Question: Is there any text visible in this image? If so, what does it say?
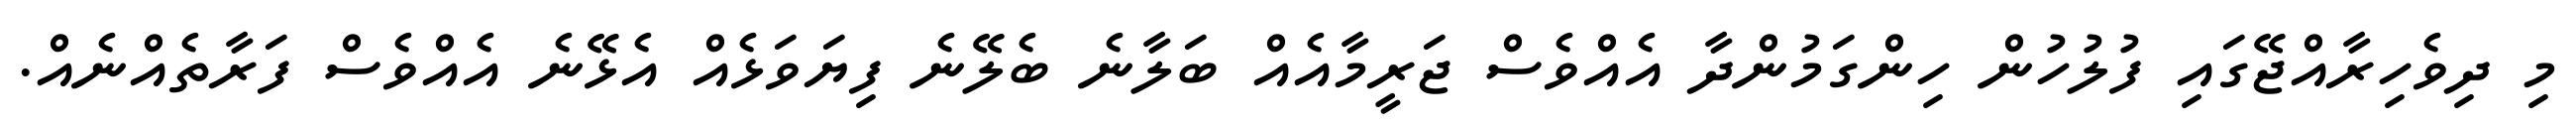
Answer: މި ދިވެހިރާއްޖޭގައި ފުލުހުން ހިންގަމުންދާ އެއްވެސް ޖަރީމާއެއް ބަލާނެ ބެލޭނެ ފިޔަވަޅެއް އެޅޭނެ އެއްވެސް ފަރާތެއްނެއް.